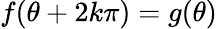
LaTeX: f(\theta+2k\pi)=g(\theta)